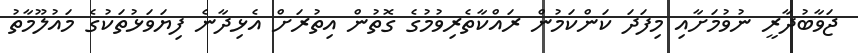
ޖަވާބުދާރީ ނުވުމަށާއި މިފަދަ ކަންކަމުން ރައްކާތެރިވުމުގެ ގޮތުން އިތުރަށް އެޅިދާނެ ފިޔަވަޅުތަކުގެ މައުލޫމާތު